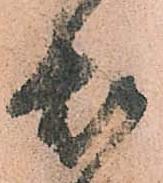
煩